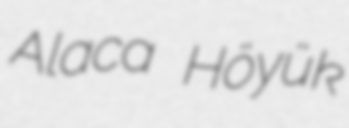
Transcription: Alaca Höyük